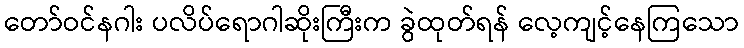
တော်ဝင်နဂါး ပလိပ်ရောဂါဆိုးကြီးက ခွဲထုတ်ရန် လေ့ကျင့်နေကြသော